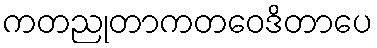
ကတညုတာကတဝေဒိတာပေ